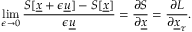
\operatorname* { l i m } _ { \epsilon \to 0 } \frac { S [ \underline { { x } } + \epsilon \underline { { u } } ] - S [ \underline { { x } } ] } { \epsilon \underline { { u } } } = \frac { \partial S } { \partial \underline { { x } } } = \frac { \partial L } { \partial \underline { { x } } _ { \tau } } .